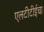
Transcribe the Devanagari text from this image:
एलटीटीईचा